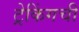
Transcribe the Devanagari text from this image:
ट्रेकिंगची